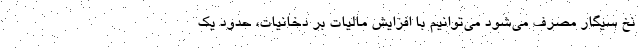
نخ سیگار مصرف می‌شود می‌توانیم با افزایش مالیات بر دخانیات، حدود یک